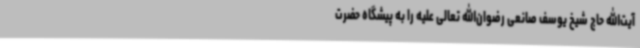
آیت‌الله حاج شیخ یوسف صانعی رضوان‌الله‌ تعالی علیه را به پیشگاه حضرت